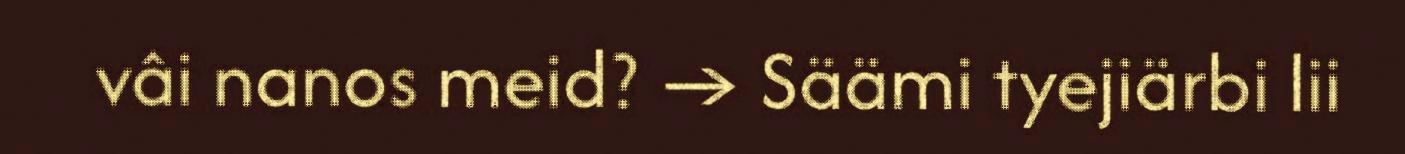
vâi nanos meid? → Säämi tyejiärbi lii